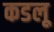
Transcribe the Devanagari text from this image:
कडलू